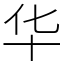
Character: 华